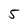
Character: 5